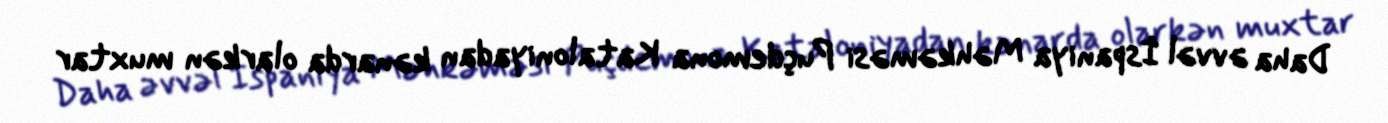
Daha əvvəl İspaniya Məhkəməsi Puçdemona Kataloniyadan kənarda olarkən muxtar